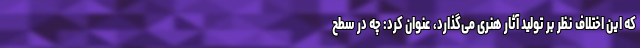
که این اختلاف نظر بر تولید آثار هنری می‌گذارد، عنوان کرد: چه در سطح